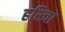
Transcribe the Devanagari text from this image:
हरिचा